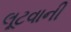
લૂટવાની